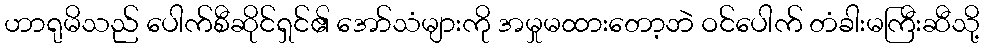
ဟာရုမိသည် ပေါက်စီဆိုင်ရှင်၏ အော်သံများကို အမှုမထားတော့ဘဲ ဝင်ပေါက် တံခါးမကြီးဆီသို့